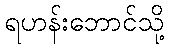
ရဟန်းဘောင်သို့